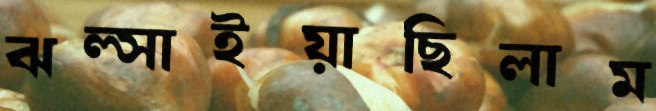
ঝল্‌সাইয়াছিলাম